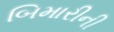
બિમારીની